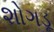
શોગડૂ